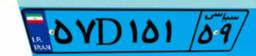
۵۷D۱۵۱۵۹